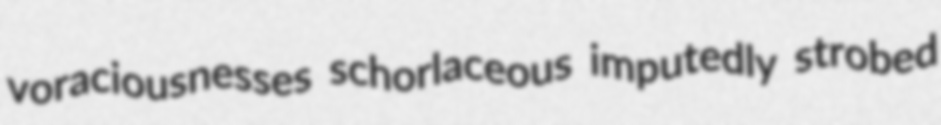
voraciousnesses schorlaceous imputedly strobed